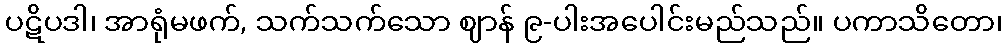
ပဋိပဒါ၊ အာရုံမဖက်, သက်သက်သော ဈာန် ၉-ပါးအပေါင်းမည်သည်။ ပကာသိတော၊